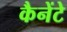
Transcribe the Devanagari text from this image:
कैनेंटे